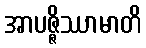
အာပဇ္ဇိဿာမာတိ